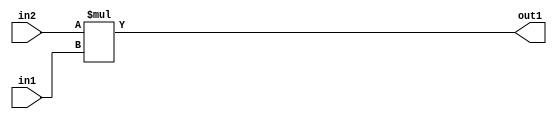
`timescale 1ps / 1ps
/*****************************************************************************
    Verilog RTL Description
    
    
    Created by: Stratus DpOpt 21.05.01 
*******************************************************************************/

module Filter_Mul_3Ux2U_5U_4 (
	in2,
	in1,
	out1
	); /* architecture "behavioural" */ 
input [2:0] in2;
input [1:0] in1;
output [4:0] out1;
wire [4:0] asc001;

assign asc001 = 
	+(in2 * in1);

assign out1 = asc001;
endmodule

/* CADENCE  urjwTA4= : u9/ySxbfrwZIxEzHVQQV8Q== ** DO NOT EDIT THIS LINE ******/